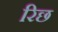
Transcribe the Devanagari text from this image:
रिछ